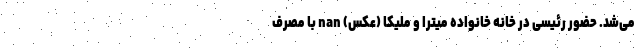
می‌شد. حضور رئیسی در خانه خانواده میترا و ملیکا (عکس) nan با مصرف